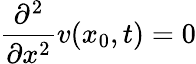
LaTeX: \frac{\partial^{2}}{\partial x^{2}}v(x_{0},t)=0